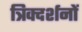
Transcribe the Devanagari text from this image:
त्रिक्दर्शनों